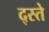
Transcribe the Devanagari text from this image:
द्स्ते